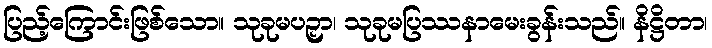
ပြည့်ကြောင်းဖြစ်သော။ သုခုမပဉှာ၊ သုခုမပြဿနာမေးခွန်းသည်။ နိဋ္ဌိတာ၊